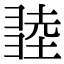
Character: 𢑫